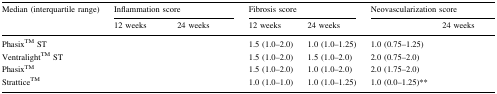
<table><thead><tr><td><b>Median (interquartile range)</b></td><td colspan="2"><b>Inflammation score</b></td><td colspan="2"><b>Fibrosis score</b></td><td colspan="2"><b>Neovascularization score</b></td></tr><tr><td>[EMPTY_CELL]</td><td><b>12 weeks</b></td><td><b>24 weeks</b></td><td><b>12 weeks</b></td><td><b>24 weeks</b></td><td>[EMPTY_CELL]</td><td><b>24 weeks</b></td></tr></thead><tbody><tr><td>PhasixTM ST</td><td>[EMPTY_CELL]</td><td>[EMPTY_CELL]</td><td>1.5 (1.0–2.0)</td><td>1.0 (1.0–1.25)</td><td>1.0 (0.75–1.25)</td><td>[EMPTY_CELL]</td></tr><tr><td>VentralightTM ST</td><td>[EMPTY_CELL]</td><td>[EMPTY_CELL]</td><td>1.5 (1.0–2.0)</td><td>1.5 (1.0–2.0)</td><td>2.0 (0.75–2.0)</td><td>[EMPTY_CELL]</td></tr><tr><td>PhasixTM</td><td>[EMPTY_CELL]</td><td>[EMPTY_CELL]</td><td>1.5 (1.0–2.0)</td><td>1.0 (1.0–2.0)</td><td>2.0 (1.75–2.0)</td><td>[EMPTY_CELL]</td></tr><tr><td>StratticeTM</td><td>[EMPTY_CELL]</td><td>[EMPTY_CELL]</td><td>1.0 (1.0–1.0)</td><td>1.0 (1.0–1.25)</td><td>1.0 (0.0–1.25)** </td><td>[EMPTY_CELL]</td></tr></tbody></table>